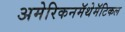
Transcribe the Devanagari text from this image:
अमेरिकनमॅथेमॅटिकल